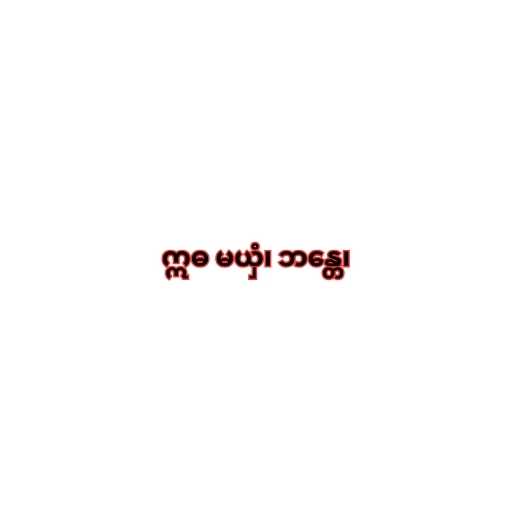
ဣဓ မယှံ၊ ဘန္တေ၊